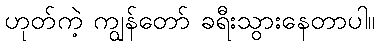
ဟုတ်ကဲ့ ကျွန်တော် ခရီးသွားနေတာပါ။